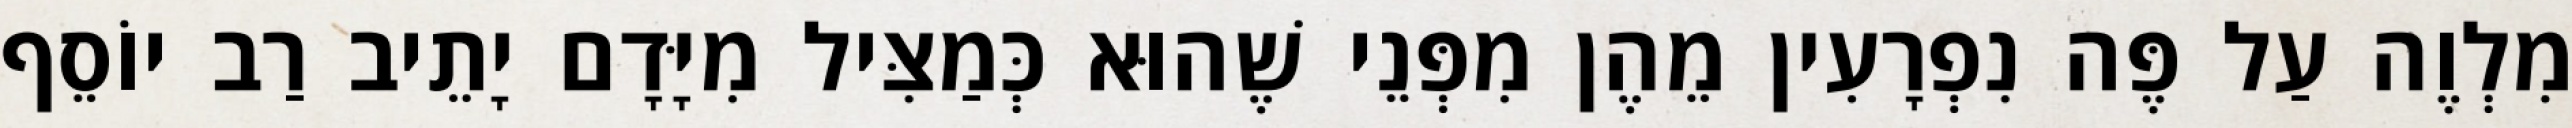
מִלְוֶה עַל פֶּה נִפְרָעִין מֵהֶן מִפְּנֵי שֶׁהוּא כְּמַצִּיל מִיָּדָם יָתֵיב רַב יוֹסֵף